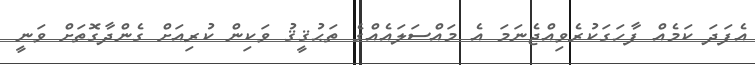
އެފަދަ ކަމެއް ފާހަގަކުރެވިއްޖެނަމަ އެ މައްސަލައެއްގެ ތަޙުޤީޤު ވަކިން ކުރިއަށް ގެންދާގޮތަށް ވަނީ